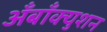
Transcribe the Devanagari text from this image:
अँबाँक्युशन